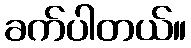
ခက်ပါတယ်။